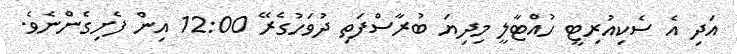
އަދި އެ ސެކިއުރިޓީ ހުއްޓާލީ މިދިޔަ ބުރާސްފަތި ދުވަހުގެރޭ 12:00 އިން ފެށިގެންނެވެ.